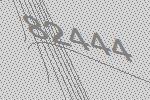
82444